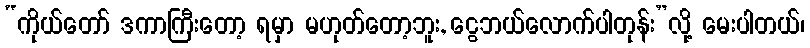
“ကိုယ်တော် ဒကာကြီးတော့ ရမှာ မဟုတ်တော့ဘူး, ငွေဘယ်လောက်ပါတုန်း”လို့ မေးပါတယ်၊